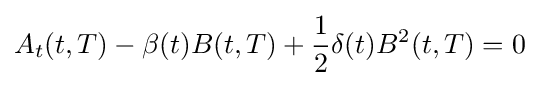
A_{t}(t,T)-\beta (t)B(t,T)+{\frac {1}{2}}\delta (t)B^{2}(t,T)=0